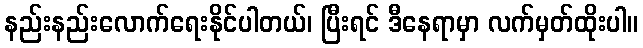
နည်းနည်းလောက်ရေးနိုင်ပါတယ်၊ ပြီးရင် ဒီနေရာမှာ လက်မှတ်ထိုးပါ။